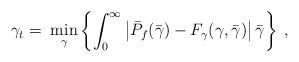
LaTeX: \begin{align*} \gamma_{t} = \; \min_{\gamma}\left\{ \int_{0}^{\infty} \left|\bar{P}_{f}(\bar{\gamma}) - F_{\gamma}(\gamma,\bar{\gamma})\right| \bar{\gamma} \right\} \;,\end{align*}